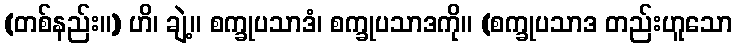
(တစ်နည်း။) ဟိ၊ ချဲ့။ စက္ခုပသာဒံ၊ စက္ခုပသာဒကို။ (စက္ခုပသာဒ တည်းဟူသော